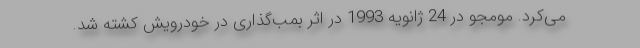
می‌کرد. مومجو در 24 ژانویه 1993 در اثر بمب‌گذاری در خودرویش کشته شد.